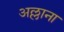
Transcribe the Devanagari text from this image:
अल्लाना